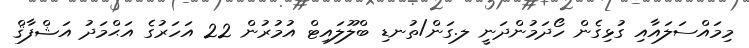
މިމައްސަލައާއި ގުޅިގެން ހޯދަމުންދަނީ ލ.ގަން/ތުނޑި ބްލޫލައިޓް އުމުރުން 22 އަހަރުގެ އަޙްމަދު އަޝްފާޤް